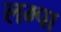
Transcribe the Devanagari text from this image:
लम्पा